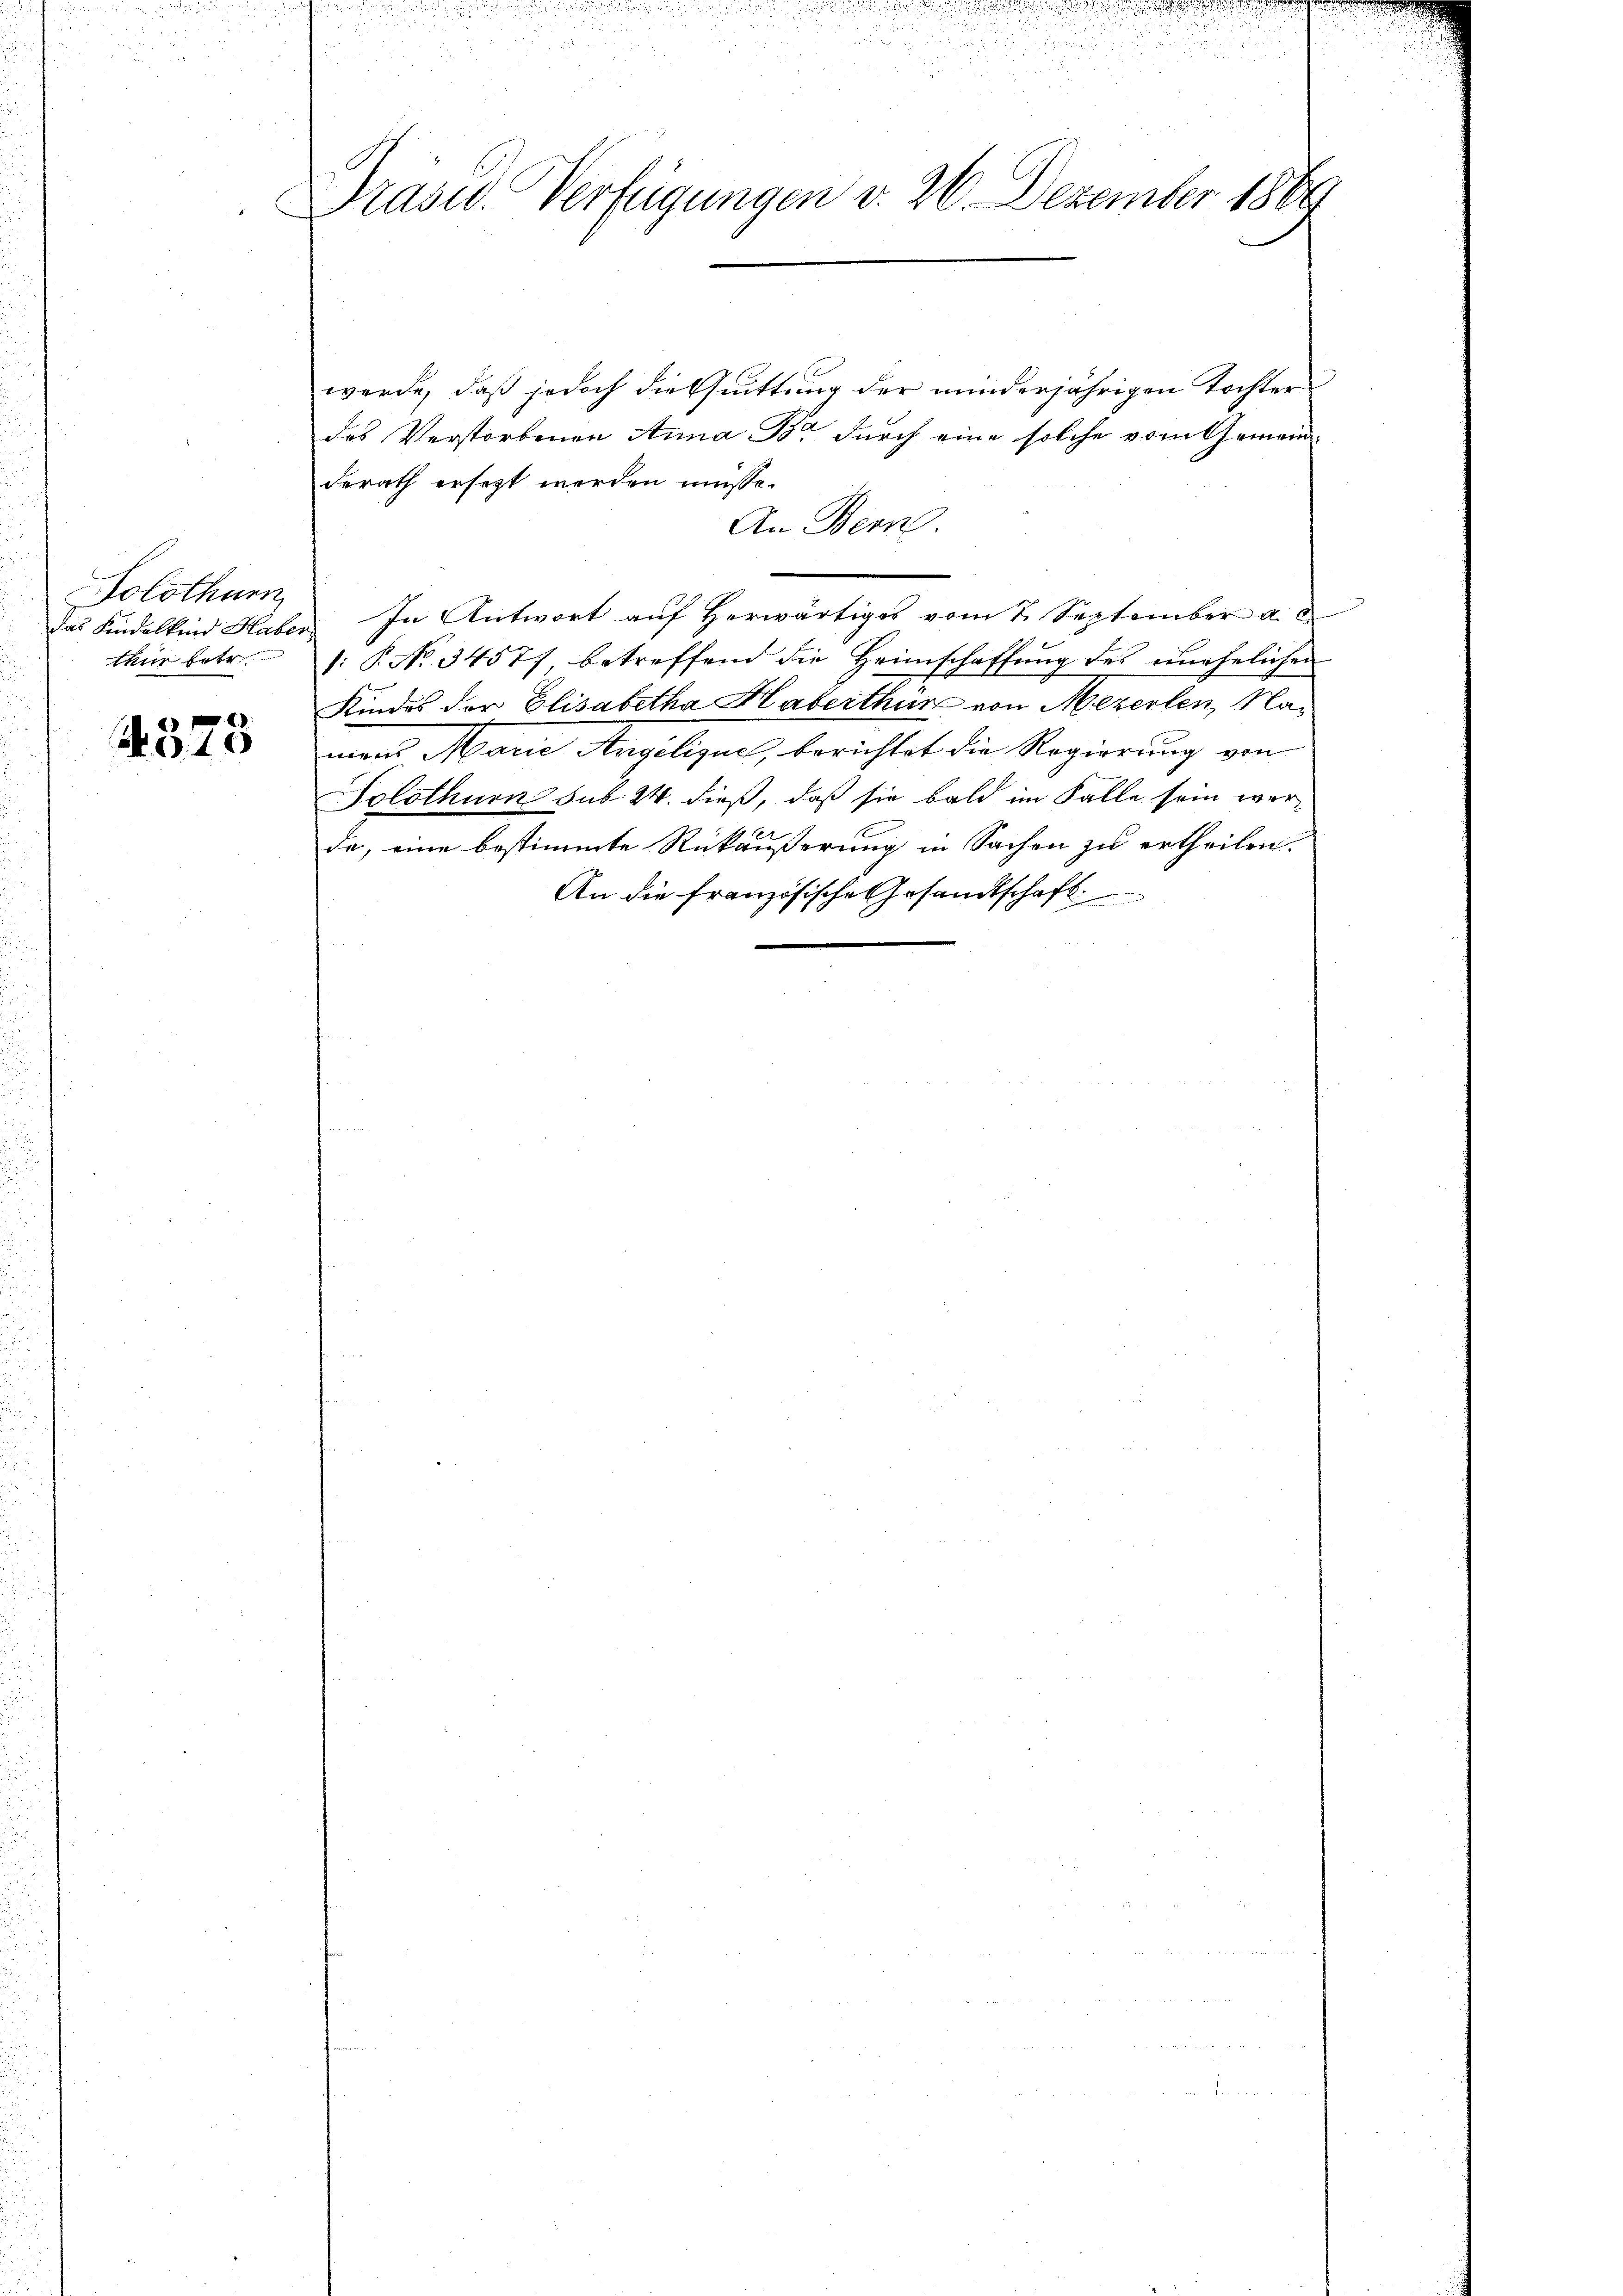
Solothurn
thur betr.

4378

Präsid. Verfügungen d. 26. Dezember 1866

werde, daß jedoch die Quittung der minderjährigen Tochter
des Verstorbenen Anna Dr. durch eine solche vom Gemeinderath ersetzt werden müsse.
An Bern.
Das Kindelkind Haber In Antwort aŭf herwärtiges vom 2. September a.
1: P. No 34577, betreffend die Heimschaffung des unehelichen
Kindes der Elisabetha Haberthüre von Mezerlen, Naman Marie Angelisues, berichtet die Regierung von
Solothurn sub. 2. dieß, daß sie bald im Falle sein werda, eine bestimmte Rückäußerung in Sachen zu ertheilen.
An die französische Gesandtschaft